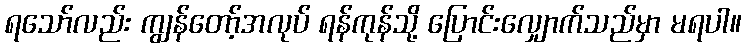
ရသော်လည်း ကျွန်တော့်အလုပ် ရန်ကုန်သို့ ပြောင်းလျှောက်သည်မှာ မရပါ။